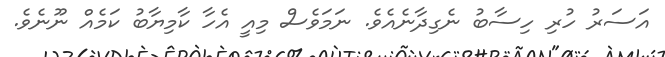
އަސަރު ހުރި ހިސާބު ނެގިދާނެއެވެ. ނަމަވެސް މިއީ އެހާ ކާމިޔާބު ކަމެއް ނޫނެވެ.